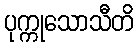
ပုက္ကုသောသီတိ